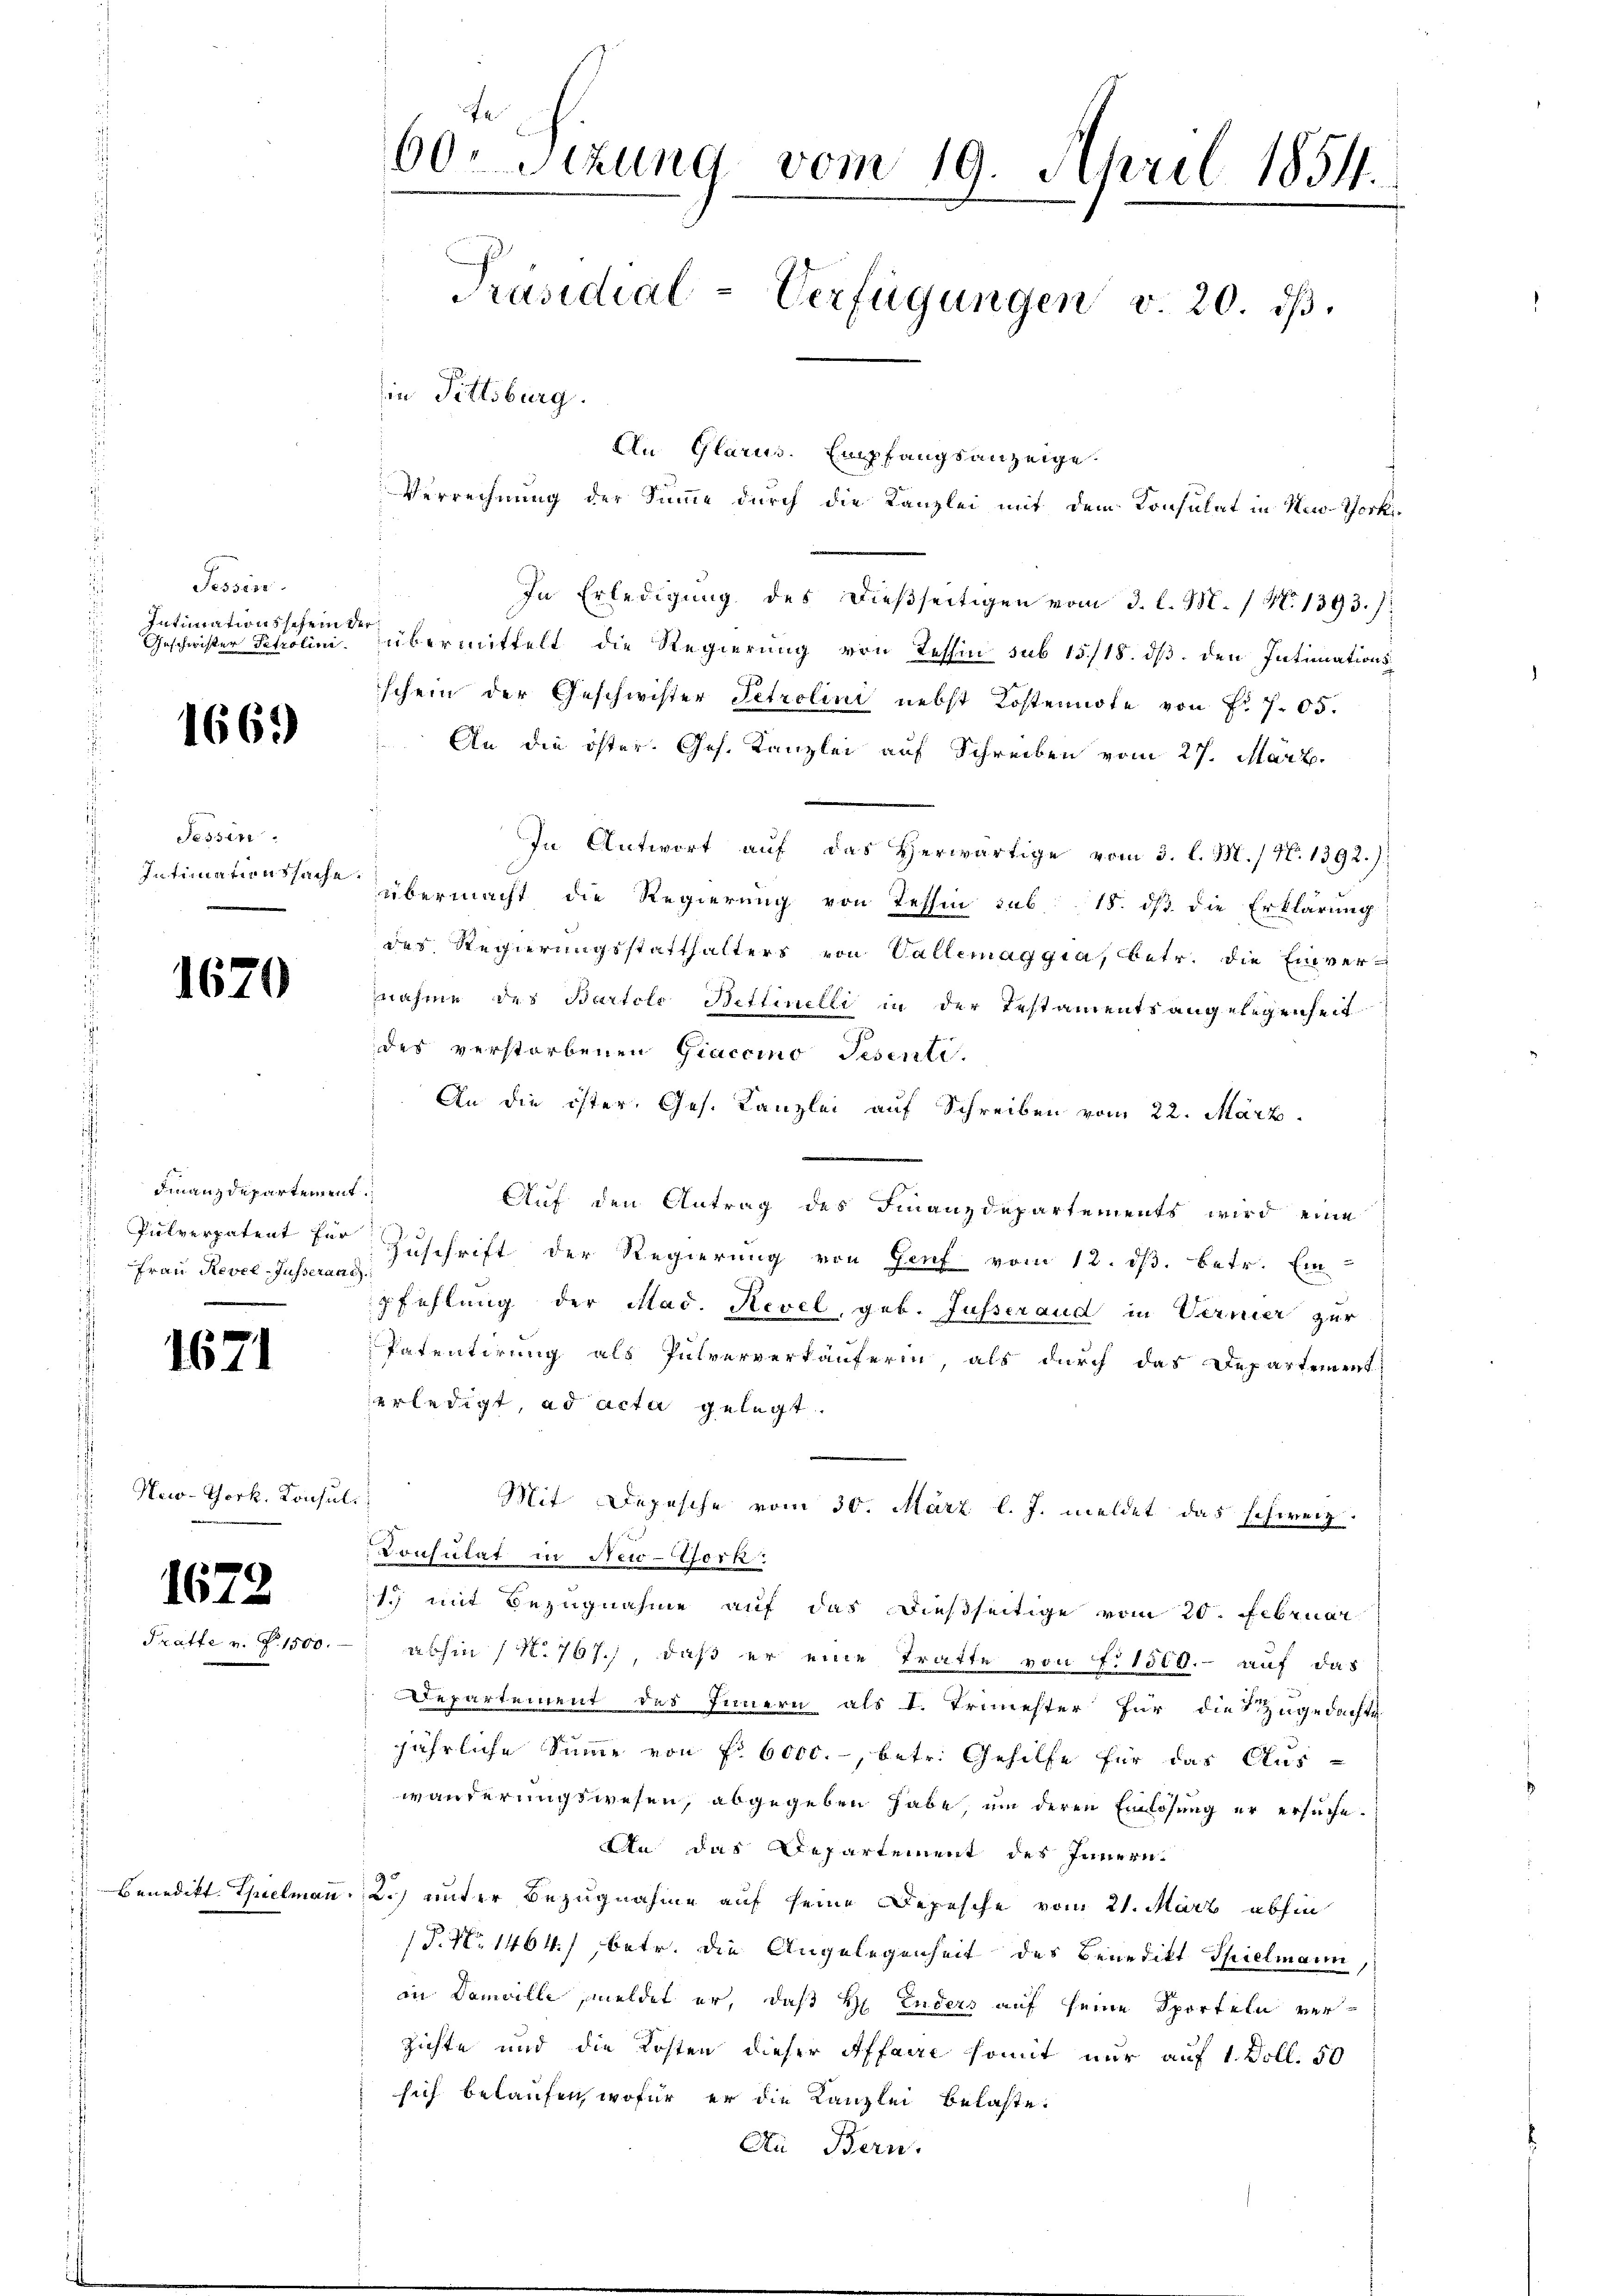
Tessin.
Intimationsschein der
Geschwister Petrolini
s

Sessen.
Intimationssache
.

1669

1670

Finanzdepartement
Pulverpatent für
 Frau Revel-Jusserane

1671

New-York, Konsul

1672
Pratte v. P. 1500.

Benedikt Thielmann

60. Sizung vom 19. April 1854.
Präsidial-Verfügungen v. 20. ds.
in Fittsburg.

An Glarus. Empfangsanzeige
Verrechnung der Summe durch die Kanzlei mit dem Konsulat in Nov. Thork¬
In Erledigung des dießseitigen vom 3. l. M. / N. 1393. /:
übermittelt die Regierung von Tessin sub 15/18. ds. den Intimationsschein der Geschwister Petrolini nebst Kostennote von Fr. 705.
An die öster. Ges. Kanzlei auf Schreiben vom 27. März.
In Antwort aŭf das herwärtige vom 3. l. M. / N. 1392.)
übermacht die Regierung von Tessin sub 15. dβ die Erklärung:
des Regierungsstatthalters von Vallemaggia, betr. die Einvernahme des Bartolo Bettinelli in der Testamentsangelegenheit
des verstorbenen Giaccino Pesenti.
An die öster, Ges. Kanzlei auf Schreiben vom 22. März.
.
Auf den Antrag des Finanzdepartements wird eine
Zuschrift der Regierung von Genf vom 12. ds. betr. Ein-
pfehlung der Mad. Revel, geb. Gusseraud in Verner zur
Patentirung als Pulververkäuferin, als durch das Departement
erledigt, ad acta gelegt.
f
Mit Depesche vom 30. März l. J. meldet das schweiz.
Consulat in New-York
1., mit Bezugnahme auf das dießseitige vom 20. Februar
abhin (N. 767.) daß er eine Tratte von F. 1810. auf das
Departement des Innern als I. Triester für die zugedachte
jährliche Summe von f. 6000.-, betr. Gehilfe für das Auswänderungswesen, abgegeben habe, um deren Einlösung er ersuche.
An das Departement des Innern.
2.) unter Bezugnahme auf seine Depesche vom 21. März abhin
P. Nr. 1464) betr. die Angelegenheit des Benedikt Spielmann,
in Domaille, meldet er, daß H. Enders auf seine Sporteln verzichte und die Kosten dieser Affaire somit nur auf 1. Doll. 50
sich belaufen, wofür er die Kanzlei belaste.
Au Bern.